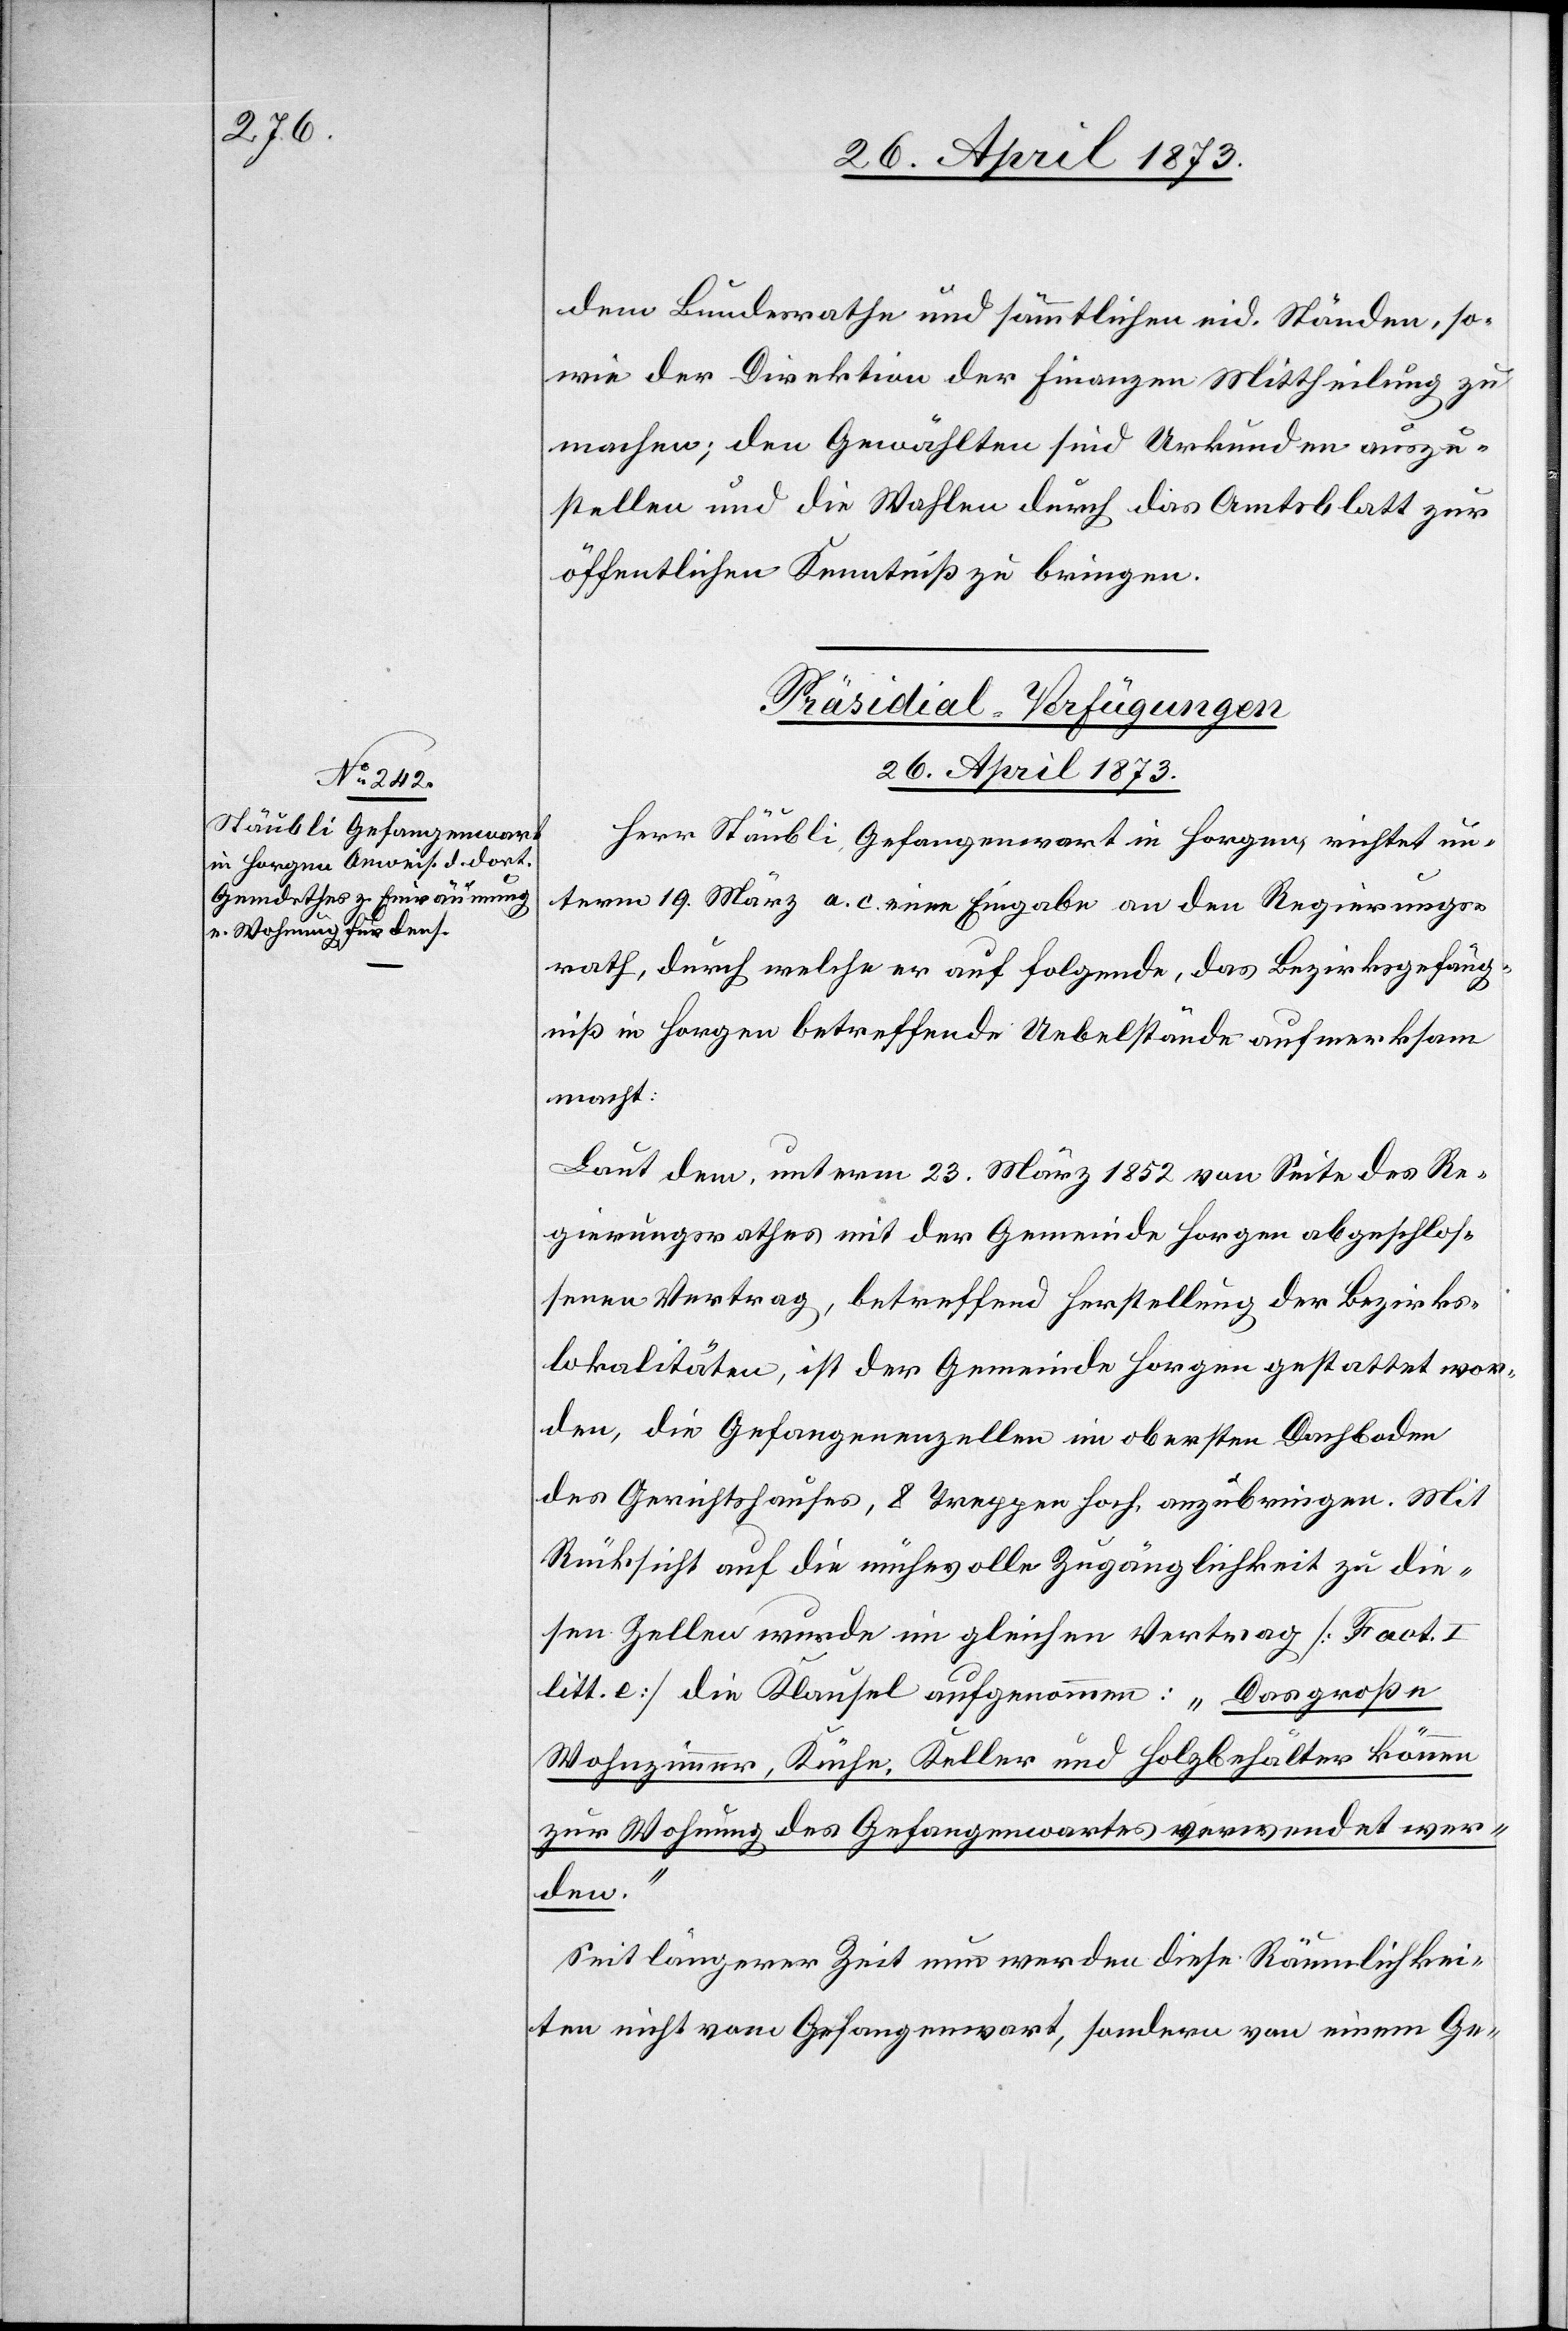
dem Bundesrathe und sämmtlichen eid. Ständen, so¬
wie der Direktion der Finanzen Mittheilung zu
machen; den Gewählten sind Urkunden auszu¬
stellen und die Wahlen durch das Amtsblatt zur
öffentlichen Kenntniß zu bringen.
Präsidial-Verfügungen
26. April 1873
Herr Stäubli, Gefangenwart in Horgen, richtet un¬
term 19. März a. c. eine Eingabe an den Regierungs¬
rath, durch welche er auf folgende, das Bezirksgefäng¬
niß in Horgen betreffende Uebelstände aufmerksam
macht:
Laut dem, unterm 23. März 1852 von Seite des Re¬
gierungsrathes mit der Gemeinde Horgen abgeschlos¬
senen Vertrag, betreffend Herstellung der Bezirks¬
lokalitäten, ist der Gemeinde Horgen gestattet wor¬
den, die Gefangenenzellen im obersten Dachboden
des Gerichtshauses, 8 Treppen hoch anzubringen. Mit
Rücksicht auf die mühevolle Zugänglichkeit zu die¬
sen Zellen wurde im gleichen Vertrag [Fact. I
litt. e] die Klausel aufgenommen: „Das große
Wohnzimmer, Küche, Keller und Holzbehälter können
zur Wohnung des Gefangenwartes verwendet wer¬
den.“
Seit längerer Zeit nun werden diese Räumlichkei¬
ten nicht vom Gefangenwart, sondern von einem Ge-